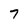
Character: 7